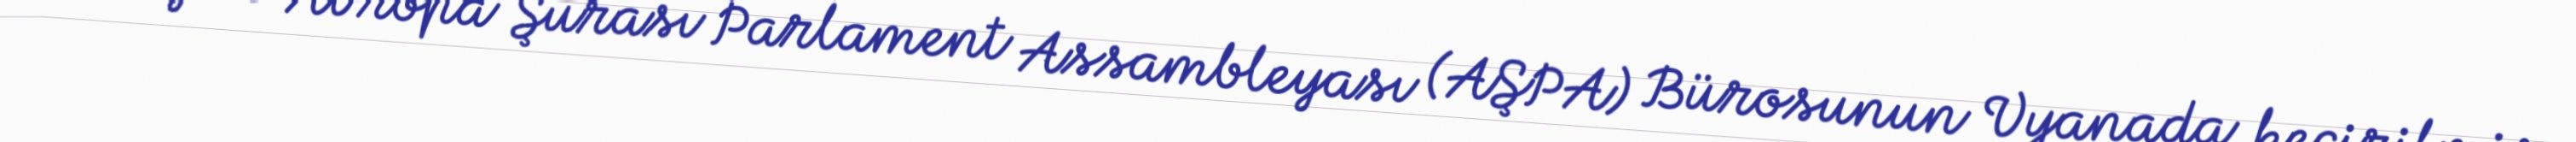
Bu gün Avropa Şurası Parlament Assambleyası (AŞPA) Bürosunun Vyanada keçirilmiş